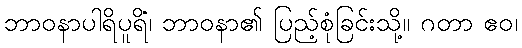
ဘာဝနာပါရိပူရိံ၊ ဘာဝနာ၏ ပြည့်စုံခြင်းသို့။ ဂတာ ဧဝ၊